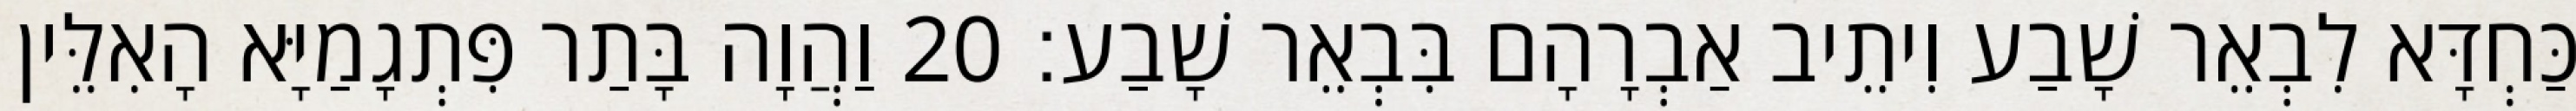
כַּחְדָּא לִבְאֵר שָׁבַע וִיתֵיב אַבְרָהָם בִּבְאֵר שָׁבַע׃ 20 וַהֲוָה בָּתַר פִּתְגָמַיָּא הָאִלֵּין